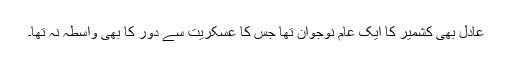
عادل بھی کشمیر کا ایک عام نوجوان تھا جس کا عسکریت سے دور کا بھی واسطہ نہ تھا۔